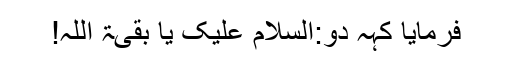
فرمایا کہہ دو:السَّلامُ عَلَیکَ یَا بَقیَّۃَ اللہِ!